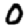
Digit: 0